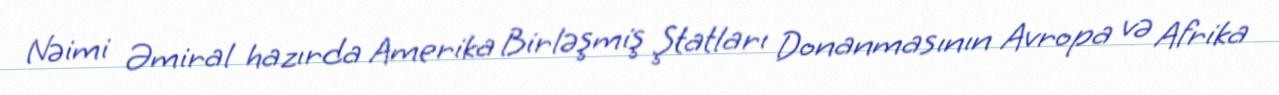
Nəimi Əmiral hazırda Amerika Birləşmiş Ştatları Donanmasının Avropa və Afrika